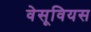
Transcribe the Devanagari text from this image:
वेसूवियस